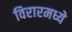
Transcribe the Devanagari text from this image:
विरारमध्ये